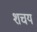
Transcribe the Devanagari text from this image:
शचय